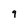
Character: 9